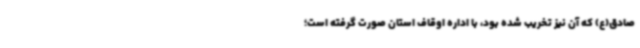
صادق(ع) که آن نیز تخریب شده بود، با اداره اوقاف استان صورت گرفته است؛